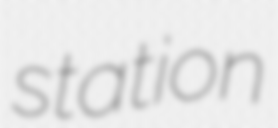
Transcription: station